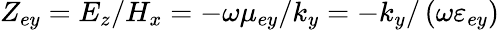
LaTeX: Z_{ey}=E_{z}/H_{x}=-\omega\mu_{ey}/k_{y}=-k_{y}/\left(\omega\varepsilon_{ey}\right)